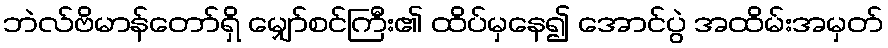
ဘဲလ်ဗိမာန်တော်ရှိ မျှော်စင်ကြီး၏ ထိပ်မှနေ၍ အောင်ပွဲ အထိမ်းအမှတ်